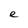
Character: e